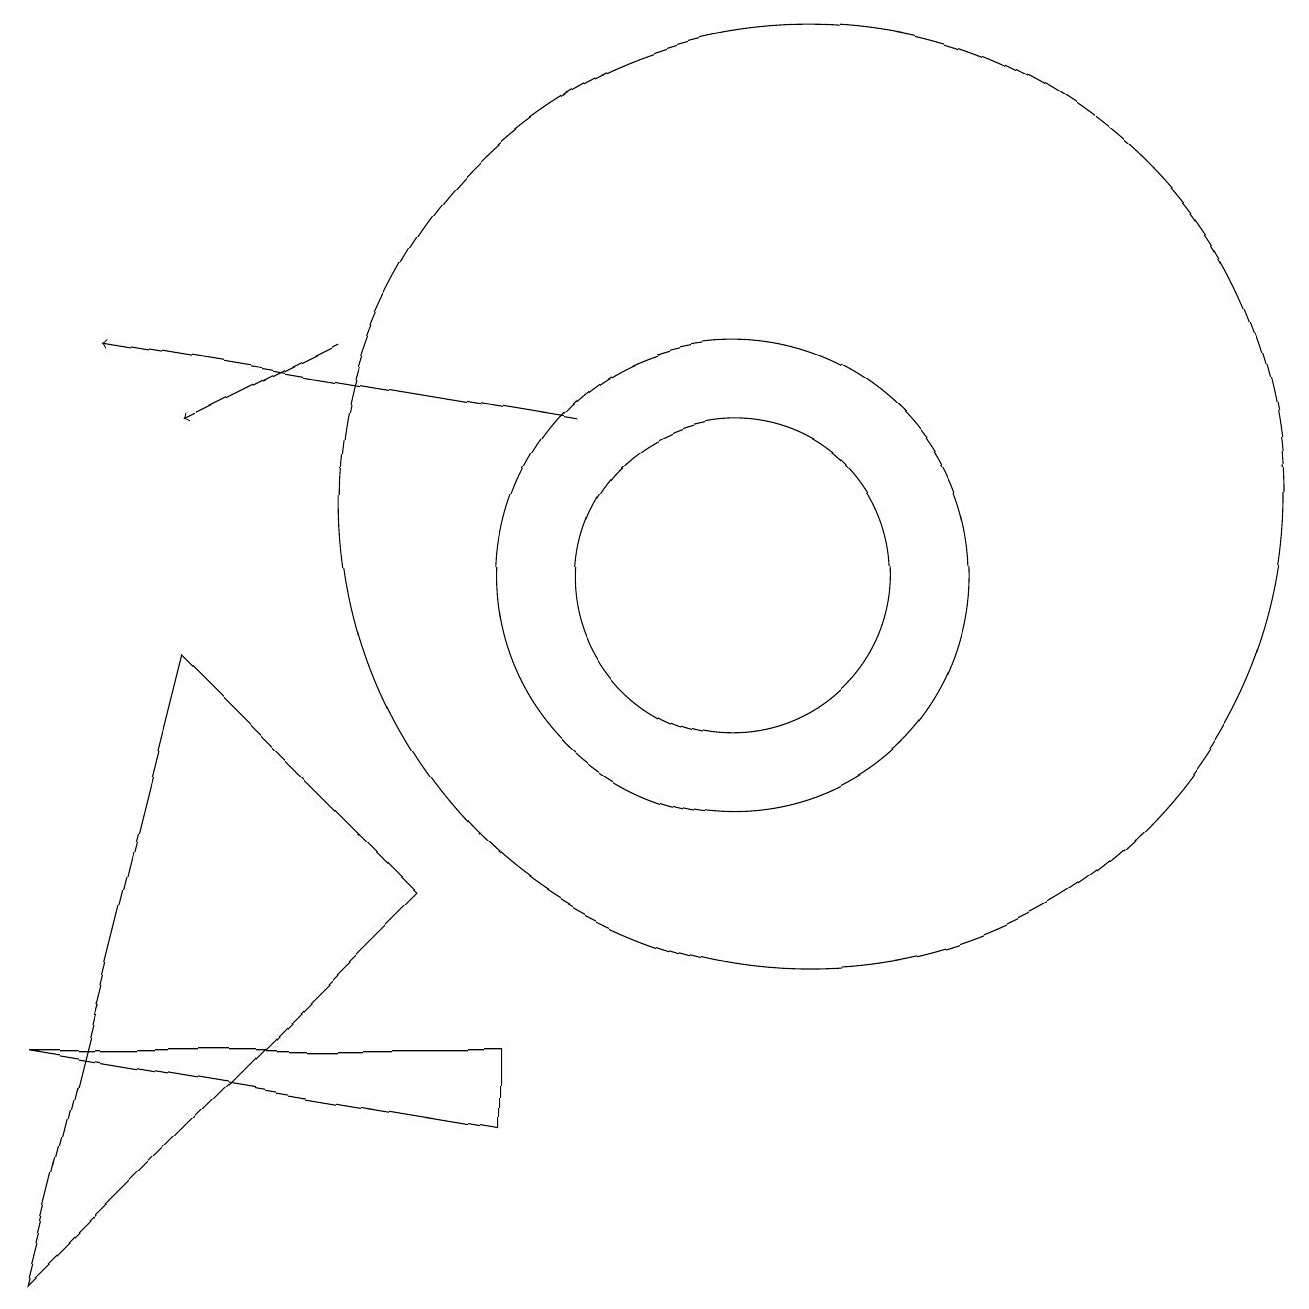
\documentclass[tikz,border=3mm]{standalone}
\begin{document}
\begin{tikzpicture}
\draw (10,10) circle (3);
\draw (11,11) circle (6);
\draw (10,10) circle (2);
\draw (6,6) -- (3,9) -- (1,1) -- cycle;
\draw[->] (8,12) -- (2,13);
\draw (7,4) -- (1,4) -- (7,3) -- cycle;
\draw[->] (5,13) -- (3,12);
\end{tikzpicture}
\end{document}